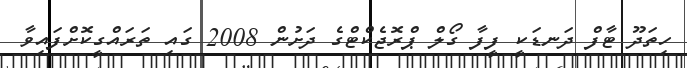
ހިތަދޫ ޓާފް ދަނޑަކީ ފީފާ ގޯލް ޕްރޮޖެކްޓްގެ ދަށުން 2008 ގައި ތަރައްގީކޮށްފައިވާ